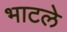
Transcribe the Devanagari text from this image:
भाटले